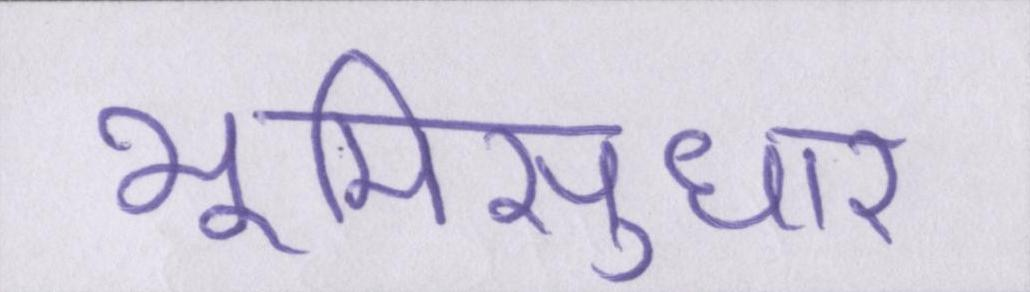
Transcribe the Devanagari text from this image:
भूमिसुधार